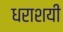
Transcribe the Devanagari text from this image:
धराशयी